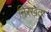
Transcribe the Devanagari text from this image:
निरखता